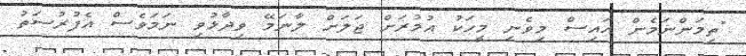
"ތިމަންނަމެން އައިސް މިވެނި މީހަކު އުމުރަށް ޖަލަށް ލާނަމޭ ވިދާޅުވި ނަމަވެސް އެފުރުސަތު